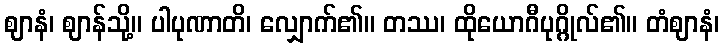
ဈာနံ၊ ဈာန်သို့။ ပါပုဏာတိ၊ လျှောက်၏။ တဿ၊ ထိုယောဂီပုဂ္ဂိုလ်၏။ တံဈာနံ၊